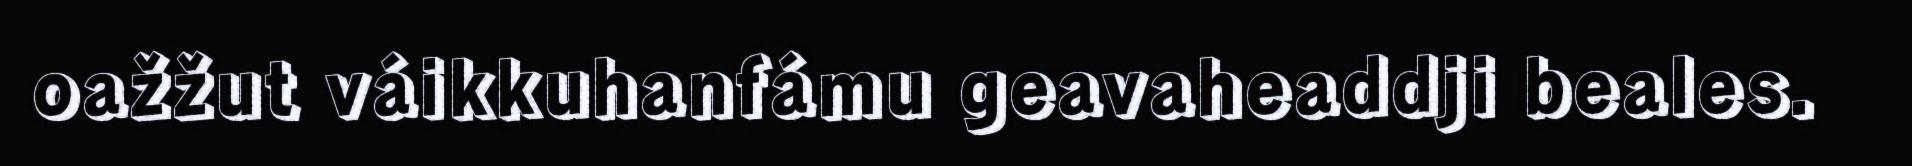
oažžut váikkuhanfámu geavaheaddji beales.